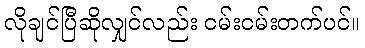
လိုချင်ပြီဆိုလျှင်လည်း ငမ်းငမ်းတက်ပင်။